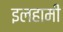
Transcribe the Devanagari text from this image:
इलहामी